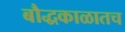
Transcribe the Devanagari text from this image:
बौद्धकाळातच